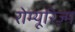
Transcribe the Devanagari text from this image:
रोम्यूरिज़्म